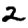
Digit: 2